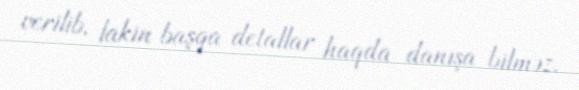
verilib, lakin başqa detallar haqda danışa bilməz.